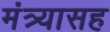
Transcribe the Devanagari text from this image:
मंत्र्यासह